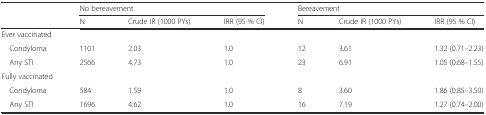
<table><thead><tr><td></td><td colspan="3"><b>No bereavement</b></td><td colspan="3"><b>Bereavement</b></td></tr><tr><td></td><td><b>N</b></td><td><b>Crude IR (1000 PYs)</b></td><td><b>IRR (95 % CI)</b></td><td><b>N</b></td><td><b>Crude IR (1000 PYs)</b></td><td><b>IRR (95 % CI)</b></td></tr></thead><tbody><tr><td colspan="7">Ever vaccinated</td></tr><tr><td> Condyloma</td><td>1101</td><td>2.03</td><td>1.0</td><td>12</td><td>3.61</td><td>1.32 (0.71–2.23)</td></tr><tr><td> Any STI</td><td>2566</td><td>4.73</td><td>1.0</td><td>23</td><td>6.91</td><td>1.05 (0.68–1.55)</td></tr><tr><td colspan="7">Fully vaccinated</td></tr><tr><td> Condyloma</td><td>584</td><td>1.59</td><td>1.0</td><td>8</td><td>3.60</td><td>1.86 (0.85–3.50)</td></tr><tr><td> Any STI</td><td>1696</td><td>4.62</td><td>1.0</td><td>16</td><td>7.19</td><td>1.27 (0.74–2.00)</td></tr></tbody></table>